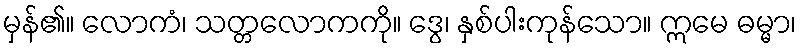
မှန်၏။ လောကံ၊ သတ္တလောကကို။ ဒွေ၊ နှစ်ပါးကုန်သော။ ဣမေ ဓမ္မာ၊